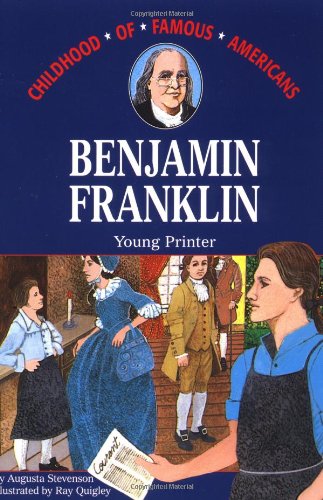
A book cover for Benjamin Franklin: Young Printer (Childhood of Famous Americans); Augusta Stevenson; Children's Books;